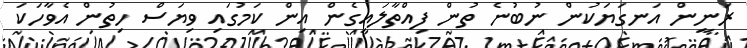
ރަނީން އަނގަޔަކުން ނުބުނެ ތުން ފިއްތާލައިގެން އިން ކަމުގައި ވިޔަސް ހިތުން އެވާހަކަ